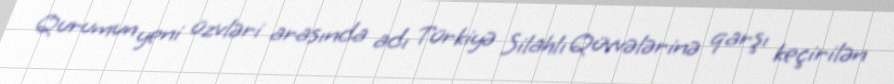
Qurumun yeni üzvləri arasında adı Türkiyə Silahlı Qüvvələrinə qarşı keçirilən